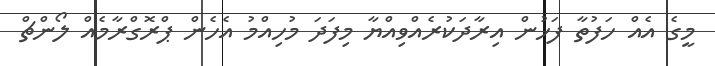
މީގެ އެއް ހަފުތާ ފަހުން އިރާދަކުރެއްވިއްޔާ މިފަދަ މުހިއްމު އެހެން ޕްރޮގްރާމެއް ލޯންޗް